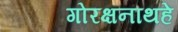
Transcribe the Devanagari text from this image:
गोरक्षनाथहे